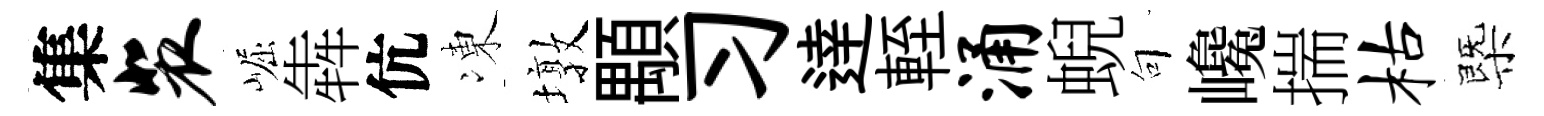
集裴崛犇伉凍墩顒习逹輊涌蜺句巉揣枯㮣